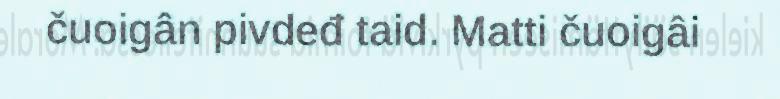
čuoigân pivdeđ taid. Matti čuoigâi